Mental hospitals Bombay report 1921-28 - 1921-1928
Year: 1921
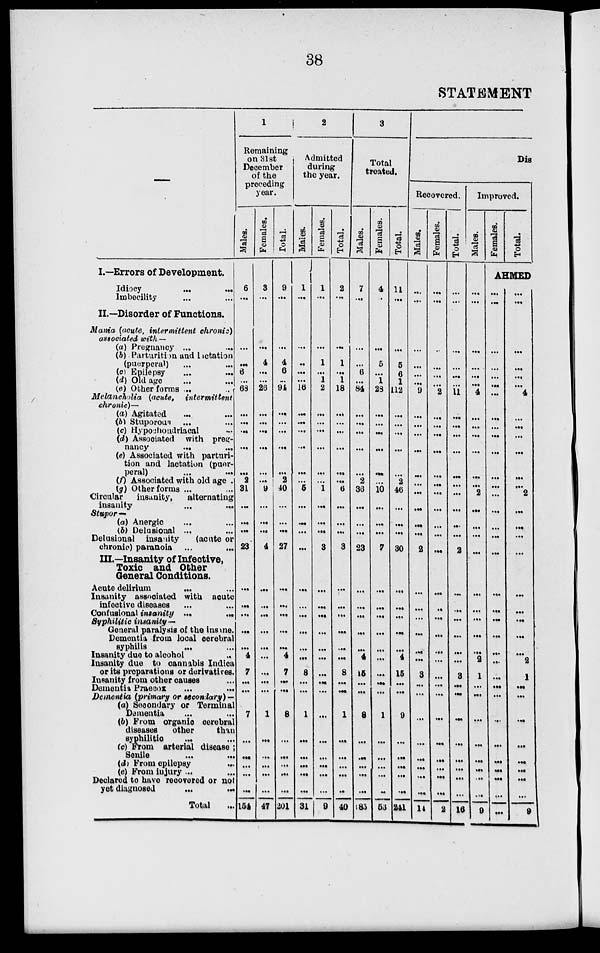
38
STATEMENT
—
I.—Errors of Development.
Idiocy ... ...
Imbecility ... ...
II.—Disorder of Functions.
Mania (acute, intermittent chronic)
associated with —
(a) Pregnancy ... ...
(b) Parturition and lactation
(puerperal) ... ...
(c) Epilepsy ... ...
(d) Old age ... ...
(e) Other forms ... ...
Melancholia (acute,
intermittent
chronic)—
(a) Agitated ... ...
(b) Stuporous ... ...
(c) Hypochondriacal ...
(d) Associated with preg-
nancy
...
...
(e) Associated with parturi-
tion and lactation (puer-
peral)
... ...
(f) Associated with old age ...
(g) Other forms ... ...
Circular
insanity,
alternating
insanity
...
...
Stupor—
(a) Anergic ... ...
(b) Delusional ... ...
Delusional insanity
(acute or
chronic) paranoia
...
...
III.—Insanity of Infective,
Toxic and Other
General Conditions.
Acute delirium
... ...
Insanity associated with acute
infective diseases ... ...
Confusional insanity
...
...
Syphilitic insanity—
General paralysis of the insane
Dementia from local cerebral
syphilis ... ...
Insanity due to alcohol ...
Insanity due to cannabis Indica
or its proparations or derivatives.
Insanity from other causes ...
Dementia Praecox ... ...
Dementia (primary or secondary) —
(a) Secondary or Terminal
Dementia ... ...
(b) From organic cerebral
diseases
other
than
syphilitic ... ...
(c) From arterial disease ;
Senile
...
...
(d) From epilepsy ...
(e) From injury ... ...
Declared to have recovered or not
yet diagnosed ... ...
Total ...
1
Remaining
on 31st
December
of the
preceding
year.
Males.
6
...
...
...
6
...
63
...
...
...
...
...
2
31
...
...
...
23
...
...
...
...
...
4
7
...
...
7
...
...
...
...
...
154
Females.
3
...
...
4
...
...
26
...
...
...
...
...
...
9
...
...
...
4
...
...
...
...
...
...
...
...
...
1
...
...
...
...
...
47
Total.
9
...
...
4
6
...
94
...
...
...
...
...
2
40
...
...
...
27
...
...
...
...
...
4
7
...
...
8
...
...
...
...
...
201
2
Admitted
during
the year.
Males.
1
...
...
...
...
...
16
...
...
...
...
...
...
5
...
...
...
...
...
...
...
...
...
...
8
...
...
1
...
...
...
...
...
31
Females.
1
...
...
1
...
1
2
...
...
...
...
...
...
1
...
...
...
3
...
...
...
...
...
...
...
...
...
...
...
...
...
...
...
9
Total.
2
...
...
1
...
1
18
...
...
...
...
...
...
6
...
...
...
3
...
...
...
...
...
...
8
...
...
1
...
...
...
...
...
40
3
Total
treated.
Males.
7
...
...
...
6
...
84
...
...
...
...
...
2
36
...
...
...
23
...
...
...
...
...
4
15
...
...
8
...
...
...
...
...
183
Females.
4
...
...
5
...
1
28
...
...
...
...
...
...
10
...
...
...
7
...
...
...
...
...
...
...
...
...
1
...
...
...
...
...
53
Total.
11
...
...
5
6
1
112
...
...
...
...
...
2
46
...
...
...
30
...
...
...
...
...
4
15
...
...
9
...
...
...
...
...
241
Dis
Recovered.
Males.
...
...
...
...
...
...
9
...
...
...
...
...
...
...
...
...
...
2
...
...
...
...
...
...
3
...
...
...
...
...
...
...
...
...
14
Females.
...
...
...
...
...
...
2
...
...
...
...
...
...
...
...
...
...
...
...
...
...
...
...
...
...
...
...
...
...
...
...
...
...
...
2
Total.
...
...
...
...
...
...
11
...
...
...
...
...
...
...
...
...
...
2
...
...
...
...
...
...
3
...
...
...
...
...
...
...
...
...
16
Improved,
Males.
...
...
...
...
...
...
4
...
...
...
...
...
...
2
...
...
...
...
...
...
...
...
...
2
1
...
...
...
...
...
...
...
...
...
9
Females.
Total.
AHMED
...
...
...
...
...
...
...
...
...
...
...
...
...
...
...
...
...
...
...
...
...
...
...
...
...
...
...
...
...
...
...
...
...
...
...
...
...
...
...
...
...
4
...
...
...
...
...
...
2
...
...
...
...
...
...
...
...
...
2
1 ...
...
...
...
...
...
...
...
...
9